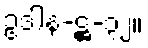
ဥဒါန-ဋ္ဌ-၃၂။